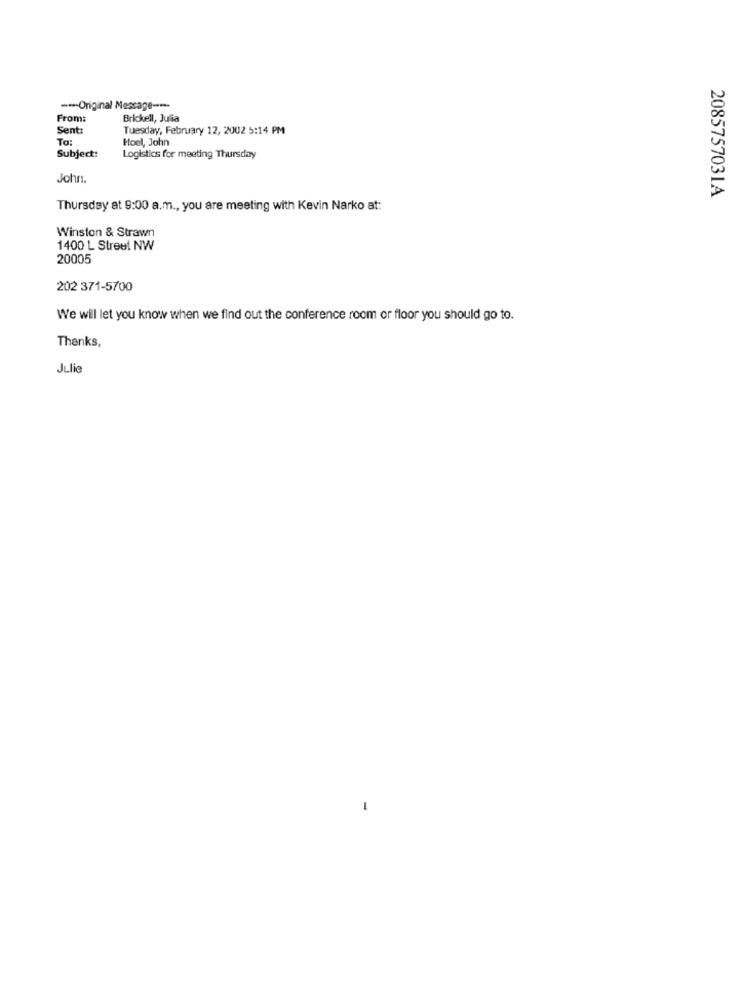
-- Original Message ----
From:
Brickell, Julia
Sent:
Tuesday, February 12, 2002 5:14 PM
TO:
Hoel, John
Subject:
Logistics for meeting Thursday
John.
2085757031A
Thursday at 9:00 a.m ., you are meeting with Kevin Narko at:
Winston & Strawn
1400 L Street NW
20005
202 371-5700
We will let you know when we find out the conference room or floor you should go to.
Thanks,
Julie
-